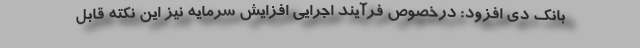
بانك دي افزود: درخصوص فرآیند اجرایی افزایش سرمایه نیز این نکته قابل